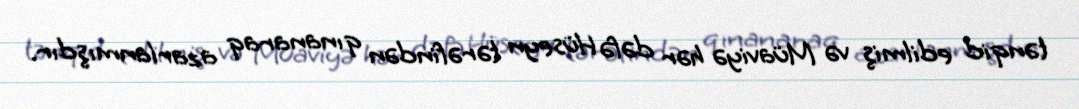
tənqid edilmiş və Müaviyə hər dəfə Hüseyn tərəfindən qınanaraq azarlanmışdır.